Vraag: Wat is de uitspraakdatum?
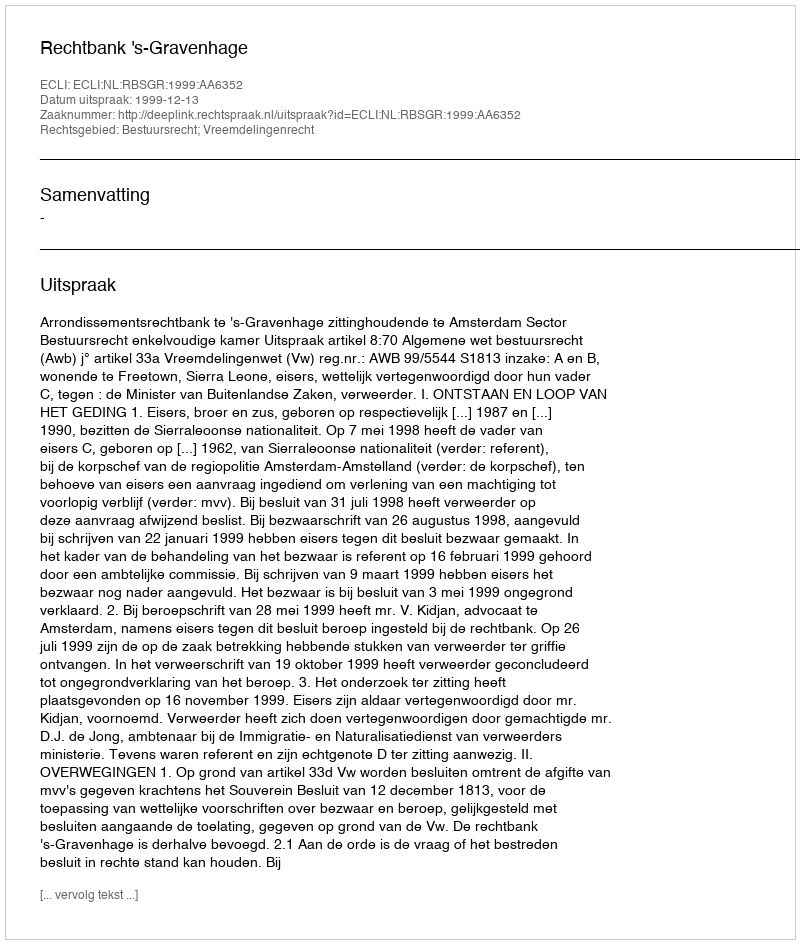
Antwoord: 1999-12-13